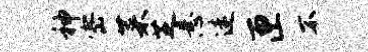
神密菜芝悬迷匣不